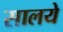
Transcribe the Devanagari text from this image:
सालये